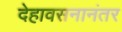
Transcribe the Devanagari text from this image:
देहावसनानंतर